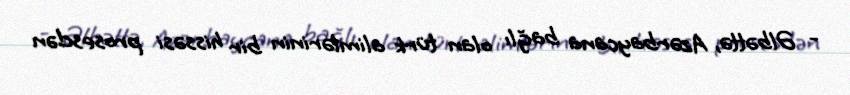
- Əlbəttə, Azərbaycana bağlı olan türk alimlərinin bir hissəsi prosesdən